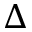
\Delta